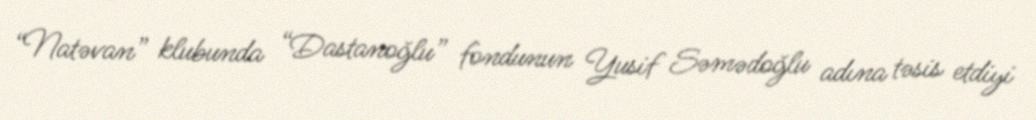
“Natəvan” klubunda “Dastanoğlu” fondunun Yusif Səmədoğlu adına təsis etdiyi